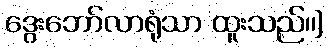
ဒွေးဘော်လာရုံသာ ထူးသည်၊၊]